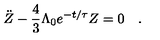
\ddot { Z } - \frac { 4 } { 3 } \Lambda _ { 0 } e ^ { - t / \tau } Z = 0 \quad .